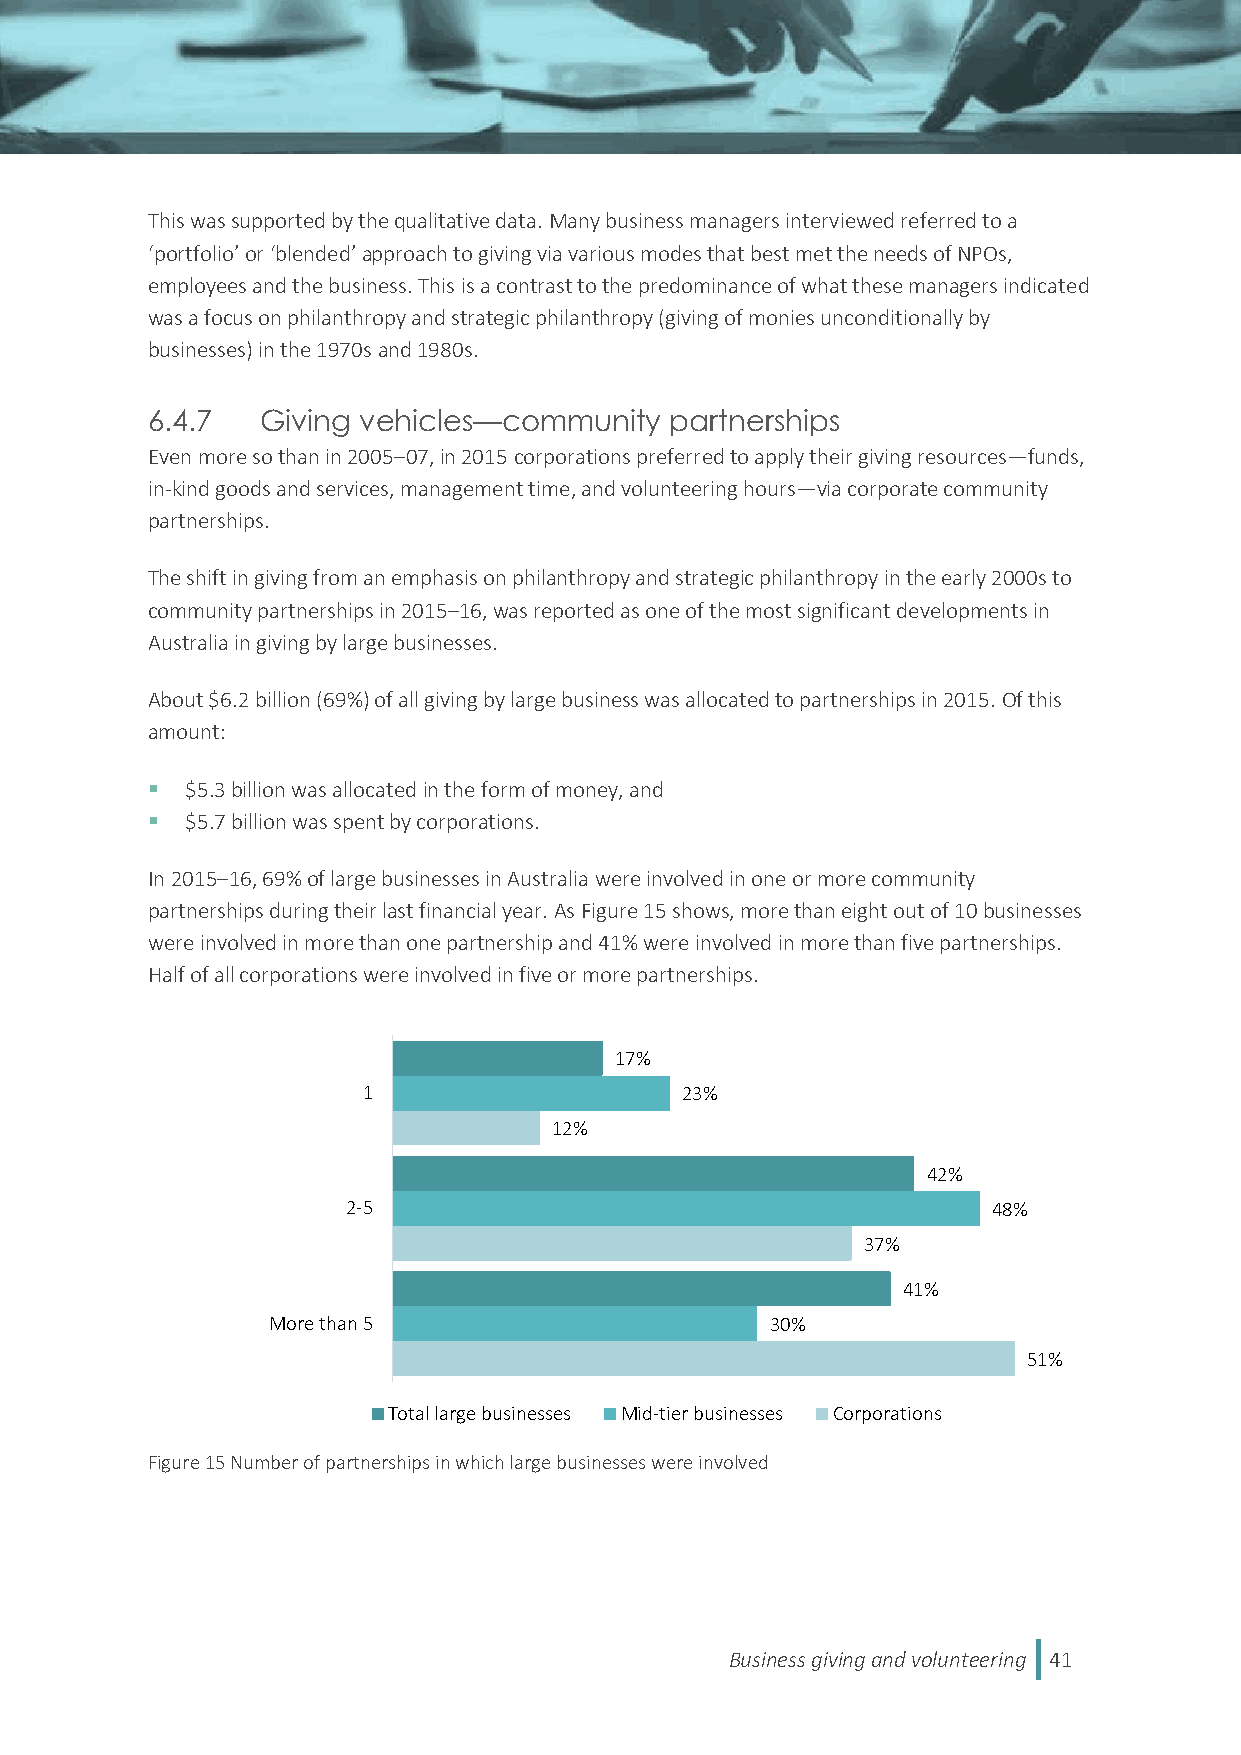
This was supported by the qualitative data. Many business managers interviewed referred to a
 ‘portfolio’ or ‘blended’ approach to giving via various modes that best met the needs of NPOs,
 employees and the business. This is a contrast to the predominance of what these managers indicated
 was a focus on philanthropy and strategic philanthropy (giving of monies unconditionally by
 businesses) in the 1970s and 1980s.
 6.4.7  Giving vehicles—community  partnerships
 Even more so than in 2005–07, in 2015 corporations preferred to apply their giving resources—funds,
 in-kind goods and services, management time, and volunteering hours—via corporate community
 partnerships.
 The shift in giving from an emphasis on philanthropy and strategic philanthropy in the early 2000s to
 community partnerships in 2015–16, was reported as one of the most significant developments in
 Australia in giving by large businesses.
 About $6.2 billion (69%) of all giving by large business was allocated to partnerships in 2015. Of this
 amount:
  $5.3 billion was allocated in the form of money, and
  $5.7 billion was spent by corporations.
 In 2015–16, 69% of large businesses in Australia were involved in one or more community
 partnerships during their last financial year. As Figure 15 shows, more than eight out of 10 businesses
 were involved in more than one partnership and 41% were involved in more than five partnerships.
 Half of all corporations were involved in five or more partnerships.
 17%
 1                    23%
 12%
 42%
 2-5                                        48%
 37%
 41%
 More than 5                      30%
 51%
 Total large businesses Mid-tier businesses Corporations
 Figure 15 Number of partnerships in which large businesses were involved
 Business giving and volunteering 41